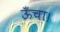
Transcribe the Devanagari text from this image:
ऊँचा।